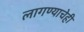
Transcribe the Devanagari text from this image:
लागण्याचेही